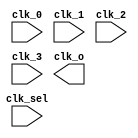
// SPDX-License-Identifier: Apache-2.0
// Copyright (C) 2019 Intel Corporation. 
//****************************************************************************************
// Copyright (C) 2011 Altera Corporation. 
//
//****************************************************************************************

//------------------------------------------------------------------------
// Description: standard 4:1 clock mux, built of three 2:1 muxes
//              clk_sel = 00, clk_o = clk_0 
//              clk_sel = 01, clk_o = clk_1 
//              clk_sel = 10, clk_o = clk_2 
//              clk_sel = 11, clk_o = clk_3 
//------------------------------------------------------------------------

module altr_hps_ckmux41
    (
    input  wire              clk_0,     // clock 0
    input  wire              clk_1,     // clock 1
    input  wire              clk_2,     // clock 2
    input  wire              clk_3,     // clock 3
    input  wire  [1:0]       clk_sel,   // clock selector
    output wire              clk_o      // clock out
     );

     wire clk_mux_a;
     wire clk_mux_b;
     
`ifdef ALTR_HPS_INTEL_MACROS_OFF
    assign clk_mux_a = clk_sel[0] ? clk_1 : clk_0;
    assign clk_mux_b = clk_sel[0] ? clk_3 : clk_2;
    
    assign clk_o     = clk_sel[1] ? clk_mux_b : clk_mux_a;
`else

`endif

endmodule // altr_hps_ckmux41